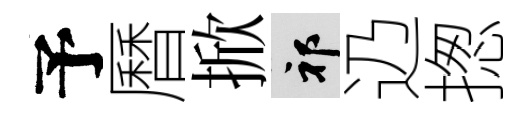
予曆掀祁辸揔